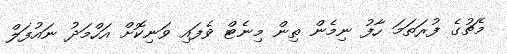
މެޗުގެ ފުރަތަމަ ހާފު ނިމެން ތިން މިނެޓް ވެފައި ވަނިކޮށް އަހްމަދު ނައުފަލް